Indian Civil Veterinary Department memoirs
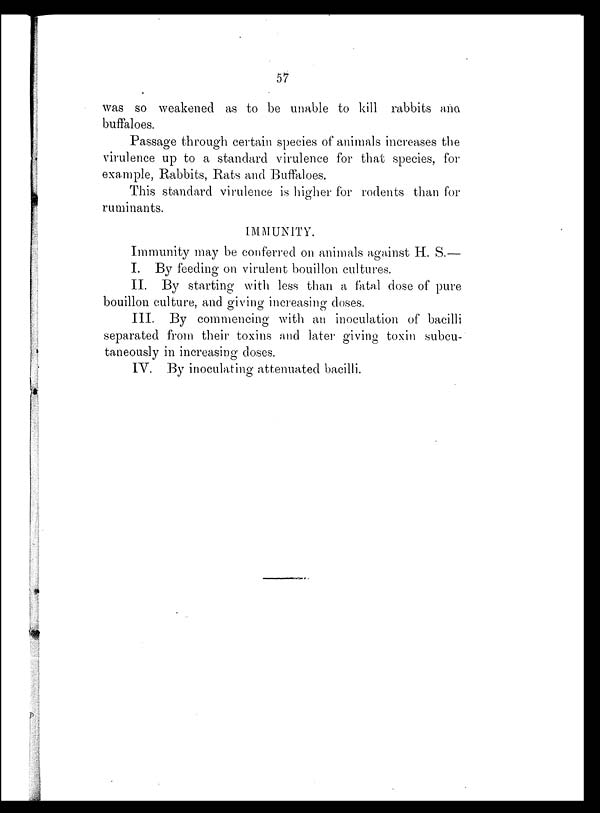
57
was so weakened as to be unable to kill rabbits and
buffaloes.
Passage through certain species of animals increases the
virulence up to a standard virulence for that species, for
example, Rabbits, Rats and Buffaloes.
This standard virulence is higher for rodents than for
ruminants.
IMMUNITY.
Immunity may be conferred on animals against H. S.—
I. By feeding on virulent bouillon cultures.
II. By starting with less than a fatal dose of pure
bouillon culture, and giving increasing doses.
III. By commencing with an inoculation of bacilli
separated from their toxins and later giving toxin subcu-
taneously in increasing doses.
IV. By inoculating attenuated bacilli.